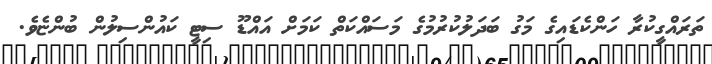
ތަރައްގީކުރާ ހަންކެޑައިގެ މަގު ބަދަލުކުރުމުގެ މަސައްކަތް ކަމަށް އައްޑޫ ސިޓީ ކައުންސިލުން ބުންޏެވެ.